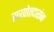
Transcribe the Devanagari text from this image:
सरपोतदारांना